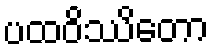
ပထဝိဿိတော